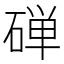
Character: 䃅